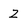
Character: Z